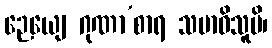
ဉေယျေ ဂုဏာ’စာရ သမာဓိသူပိ၊